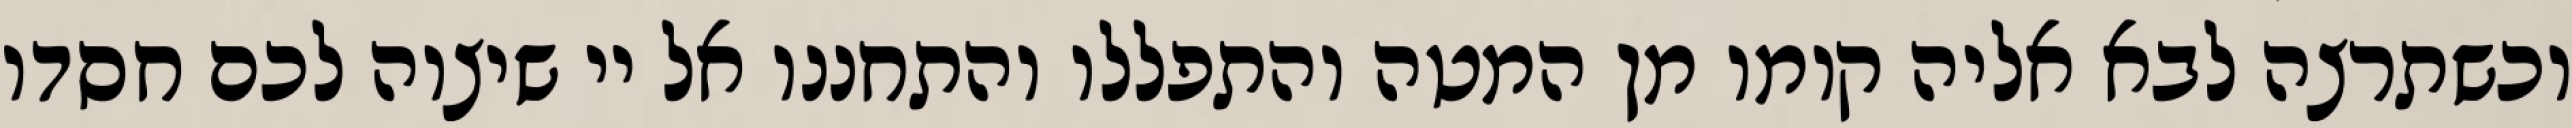
וכשתרצה לבא אליה קומו מן המטה והתפללו והתחננו אל יי שיצוה לכם חסדו